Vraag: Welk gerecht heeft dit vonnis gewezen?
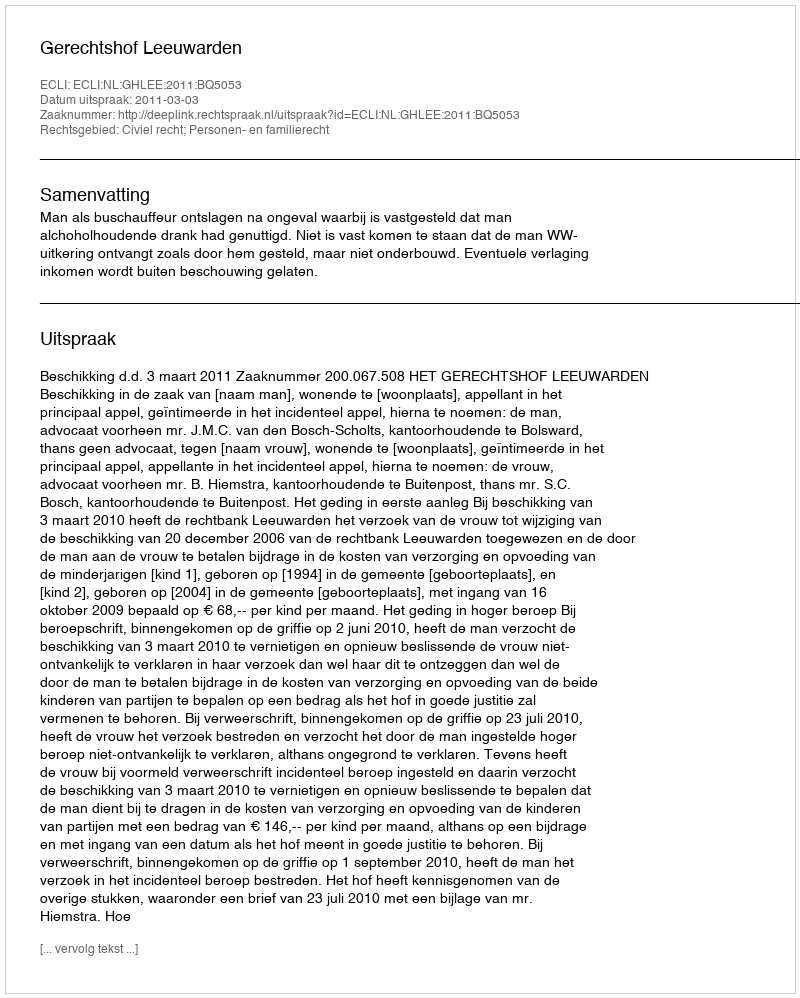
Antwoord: Gerechtshof Leeuwarden